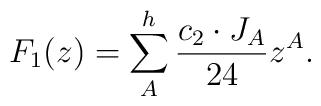
F_1(z)=\sum_A^h {c_2\cdot J_A\over 24}z^A.